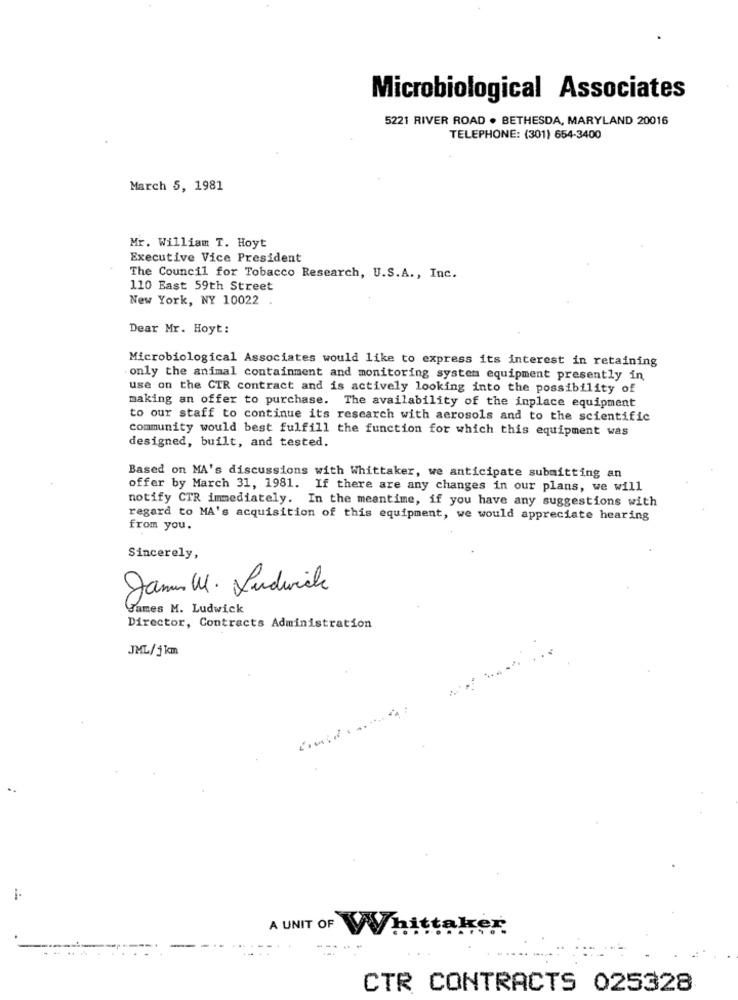
Microbiological Associates
5221 RIVER ROAD . BETHESDA, MARYLAND 20016
TELEPHONE: (301) 654-3400
March 5, 1981
Mr. William T. Hoyt
Executive Vice President
The Council for Tobacco Research, U.S.A ., Inc.
110 East 59th Street
New York, NY 10022
Dear Mr. Hoyt:
Microbiological Associates would like to express its interest in retaining
only the animal containment and monitoring system equipment presently in
use on the CTR contract and is actively looking into the possibility of
making an offer to purchase. The availability of the inplace equipment
to our staff to continue its research with aerosols and to the scientific
community would best fulfill the function for which this equipment was
designed, built, and tested.
Based on MA's discussions with Whittaker, we anticipate submitting an
offer by March 31, 1981. If there are any changes in our plans, we will
notify CTR immediately. In the meantime, if you have any suggestions with
regard to MA's acquisition of this equipment, we would appreciate hearing
from you.
Sincerely,
Jamam U. Ludovicle
James M. Ludwick
Director, Contracts Administration
JML/5km
A UNIT OF Whittalrer
CTR CONTRACTS 025328